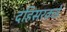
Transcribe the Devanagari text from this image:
दहिसरकडे